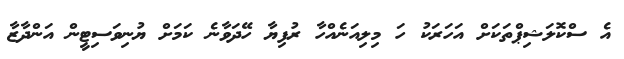
އެ ސްކޮލަޝިޕްތަކަށް އަހަރަކު ހަ މިލިއަނެއްހާ ރުފިޔާ ހޭދަވާނެ ކަމަށް ޔުނިވަސިޓީން އަންދާޒާ